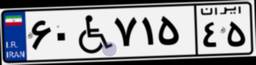
۰۲W۳۲۱۳۵